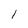
Character: l